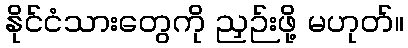
နိုင်ငံသားတွေကို ညှဉ်းဖို့ မဟုတ်။